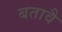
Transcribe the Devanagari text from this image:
बतावै